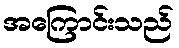
အကြောင်းသည်